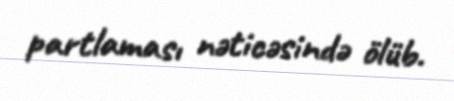
partlaması nəticəsində ölüb.